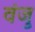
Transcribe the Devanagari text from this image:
वंजु